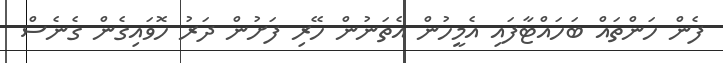
ފެން ހަންތައް ބަހައްޓާފައި އެމީހުން އެތަނުން ހޭރިި ފަށުން ދަރު ހޮވައިގެން ގެނެސް